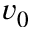
v _ { 0 }